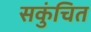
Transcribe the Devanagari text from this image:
सकुंचित